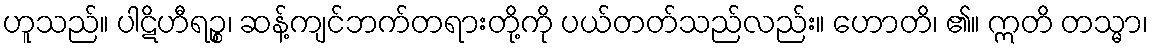
ဟူသည်။ ပါဋိဟီရဉ္စ၊ ဆန့်ကျင်ဘက်တရားတို့ကို ပယ်တတ်သည်လည်း။ ဟောတိ၊ ၏။ ဣတိ တသ္မာ၊